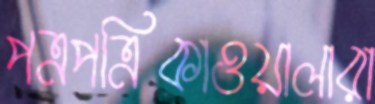
পত্রপত্রিকাওয়ালারা